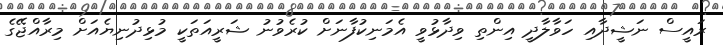
ރައީސް ނަޝީދާއި ހަވާލާދީ އިންތި ވިދާޅުވީ އެމަނިކުފާނަށް ކުރެވުނު ޝަރީއަތަކީ މުޅިދުނިޔެއަށް މިރާއްޖޭގެ